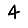
Digit: 4